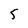
Character: 5